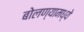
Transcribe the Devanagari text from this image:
बोलण्यामध्ये